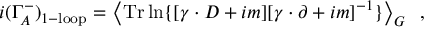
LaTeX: i ( \Gamma _ { A } ^ { - } ) _ { 1 - \mathrm { l o o p } } = \left\langle \mathrm { T r } \ln \{ [ \gamma \cdot D + i m ] [ \gamma \cdot \partial + i m ] ^ { - 1 } \} \right\rangle _ { G } \; \; ,